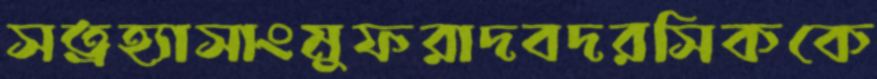
সত্রহ্যাসাংমুফরাদবদরসিককে